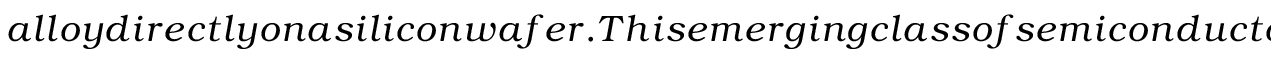
_ { } { } a l l o y d i r e c t l y o n a s i l i c o n w a f e r . T h i s e m e r g i n g c l a s s o f s e m i c o n d u c t o r s p r o v i d e s s t r a i n a n d c o m p o s i t i o n a s d e g r e e s o f f r e e d o m t o c o n t r o l t h e b a n d g a p e n e r g y t h u s c o v e r i n g t h e e n t i r e m i d - i n f r a r e d r a n g e . T h e p r o p o s e d t h e r m o p h o t o v o l t a i c d e v i c e i s c o m p o s e d o f a f u l l y r e l a x e d G e